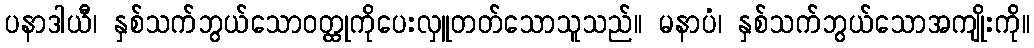
ပနာဒါယီ၊ နှစ်သက်ဘွယ်သောဝတ္ထုကိုပေးလှူတတ်သောသူသည်။ မနာပံ၊ နှစ်သက်ဘွယ်သောအကျိုးကို။